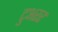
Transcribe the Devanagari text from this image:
टुअरर